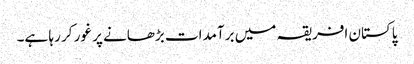
پاکستان افریقہ میں برآمدات بڑھانے پر غور کر رہا ہے۔